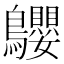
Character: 𪈤